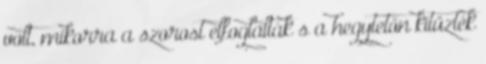
volt, mikorra a szorost elfoglalták s a hegytetőn kitüzték